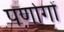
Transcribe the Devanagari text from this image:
पर्णागों